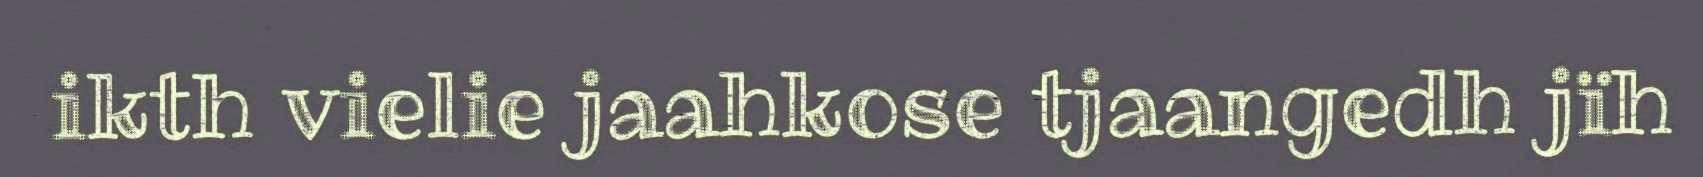
ikth vielie jaahkose tjaangedh jïh